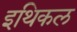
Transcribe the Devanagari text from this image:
इथिकल